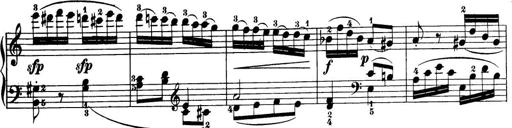
Title: 32 Sonatinas and Rondos for the Piano
Composer: Richard Kleinmichel